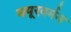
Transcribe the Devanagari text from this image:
मयूरवर्मन